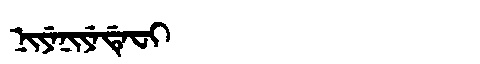
Manchu: ᠨᡳᠶᡝᠨᡳᠶᡝᡩᡝᠸᡳ
Romanization: NIYENIYEDEFI